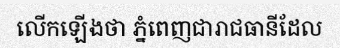
លើកឡើងថា ភ្នំពេញជារាជធានីដែល